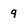
Character: q